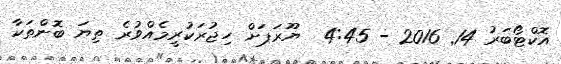
އޮކްޓޯބަރު 14